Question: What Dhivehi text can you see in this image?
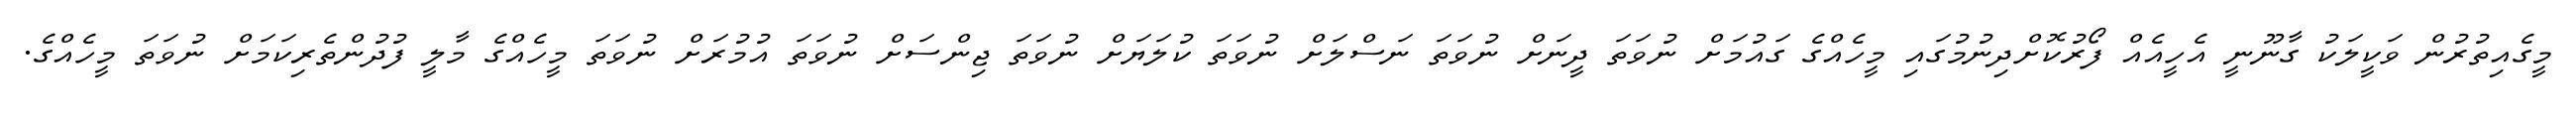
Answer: މީގެއިތުރުން ވަކީލަކު ގާނޫނީ އެހީއެއް ފޯރުކޮށްދިނުމުގައި މީހެއްގެ ގައުމަށް ނުވަތަ ދީނަށް ނުވަތަ ނަސްލަށް ނުވަތަ ކުލަޔަށް ނުވަތަ ޖިންސަށް ނުވަތަ އުމުރަށް ނުވަތަ މީހެއްގެ މާލީ ފުދުންތެރިކަމަށް ނުވަތަ މީހެއްގެ.